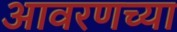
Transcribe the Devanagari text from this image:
आवरणच्या